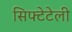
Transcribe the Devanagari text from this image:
सिफ्टेटेली